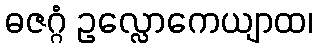
ဓဇဂ္ဂံ ဥလ္လောကေယျာထ၊